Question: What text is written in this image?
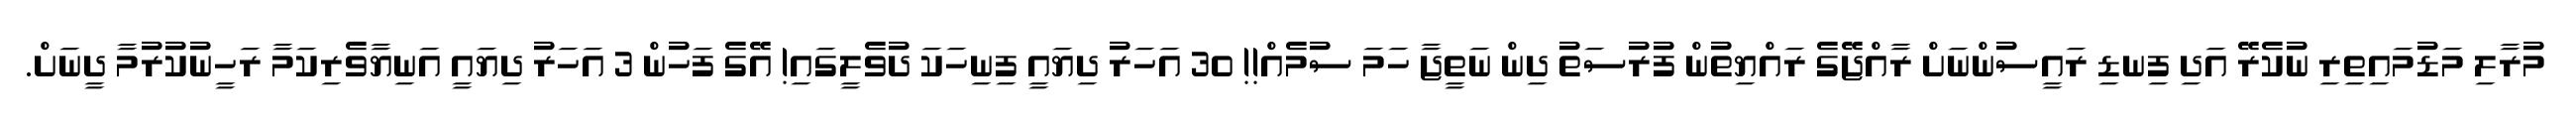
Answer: މުރާލި މަޑުމައިތިރި ނުކެރޭ އަދި ފިނޑި ރައީސުންނަށް ރާއްޖޭގެ ރައްޔިތުން ފުރުސަތު ދިން ނަތީޖާ ހަމަ ސުމެއް!! 30 އަހަރު ދިޔައީ ފިނިހަކަ ދުވެލީގައި! އޭގެ ފަހުން 3 އަހަރު ދިޔައީ އަނިޔާވެރިކަމާ ރަހީނުކުރުމާ ދީނަށް.